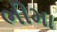
ભીમા